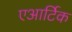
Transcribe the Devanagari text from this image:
एआर्टिक